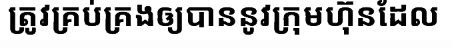
ត្រូវគ្រប់គ្រងឲ្យបាននូវក្រុមហ៊ុនដែល